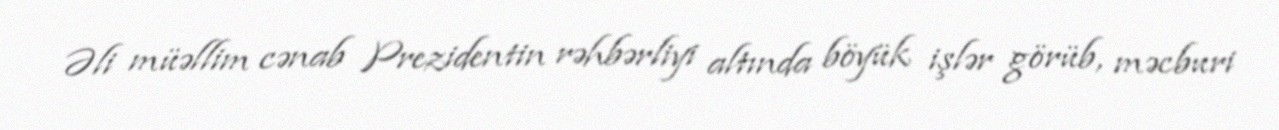
Əli müəllim cənab Prezidentin rəhbərliyi altında böyük işlər görüb, məcburi